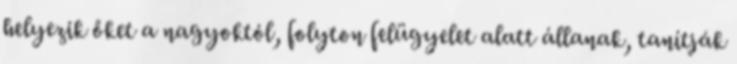
helyezik őket a nagyoktól, folyton felügyelet alatt állanak, tanítják